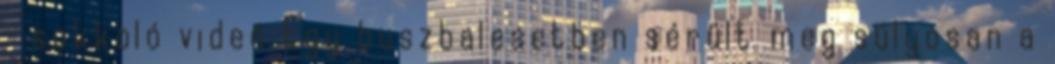
- sokkoló videó Egy buszbalesetben sérült meg súlyosan a